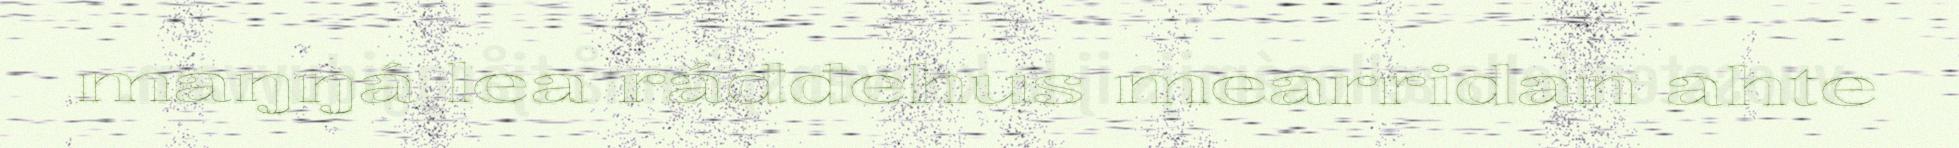
maŋŋá lea ráđđehus mearridan ahte